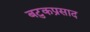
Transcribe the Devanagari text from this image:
बटुकप्रसाद